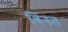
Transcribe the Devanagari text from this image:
बिनत